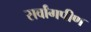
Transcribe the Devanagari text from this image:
सर्वांगपीण